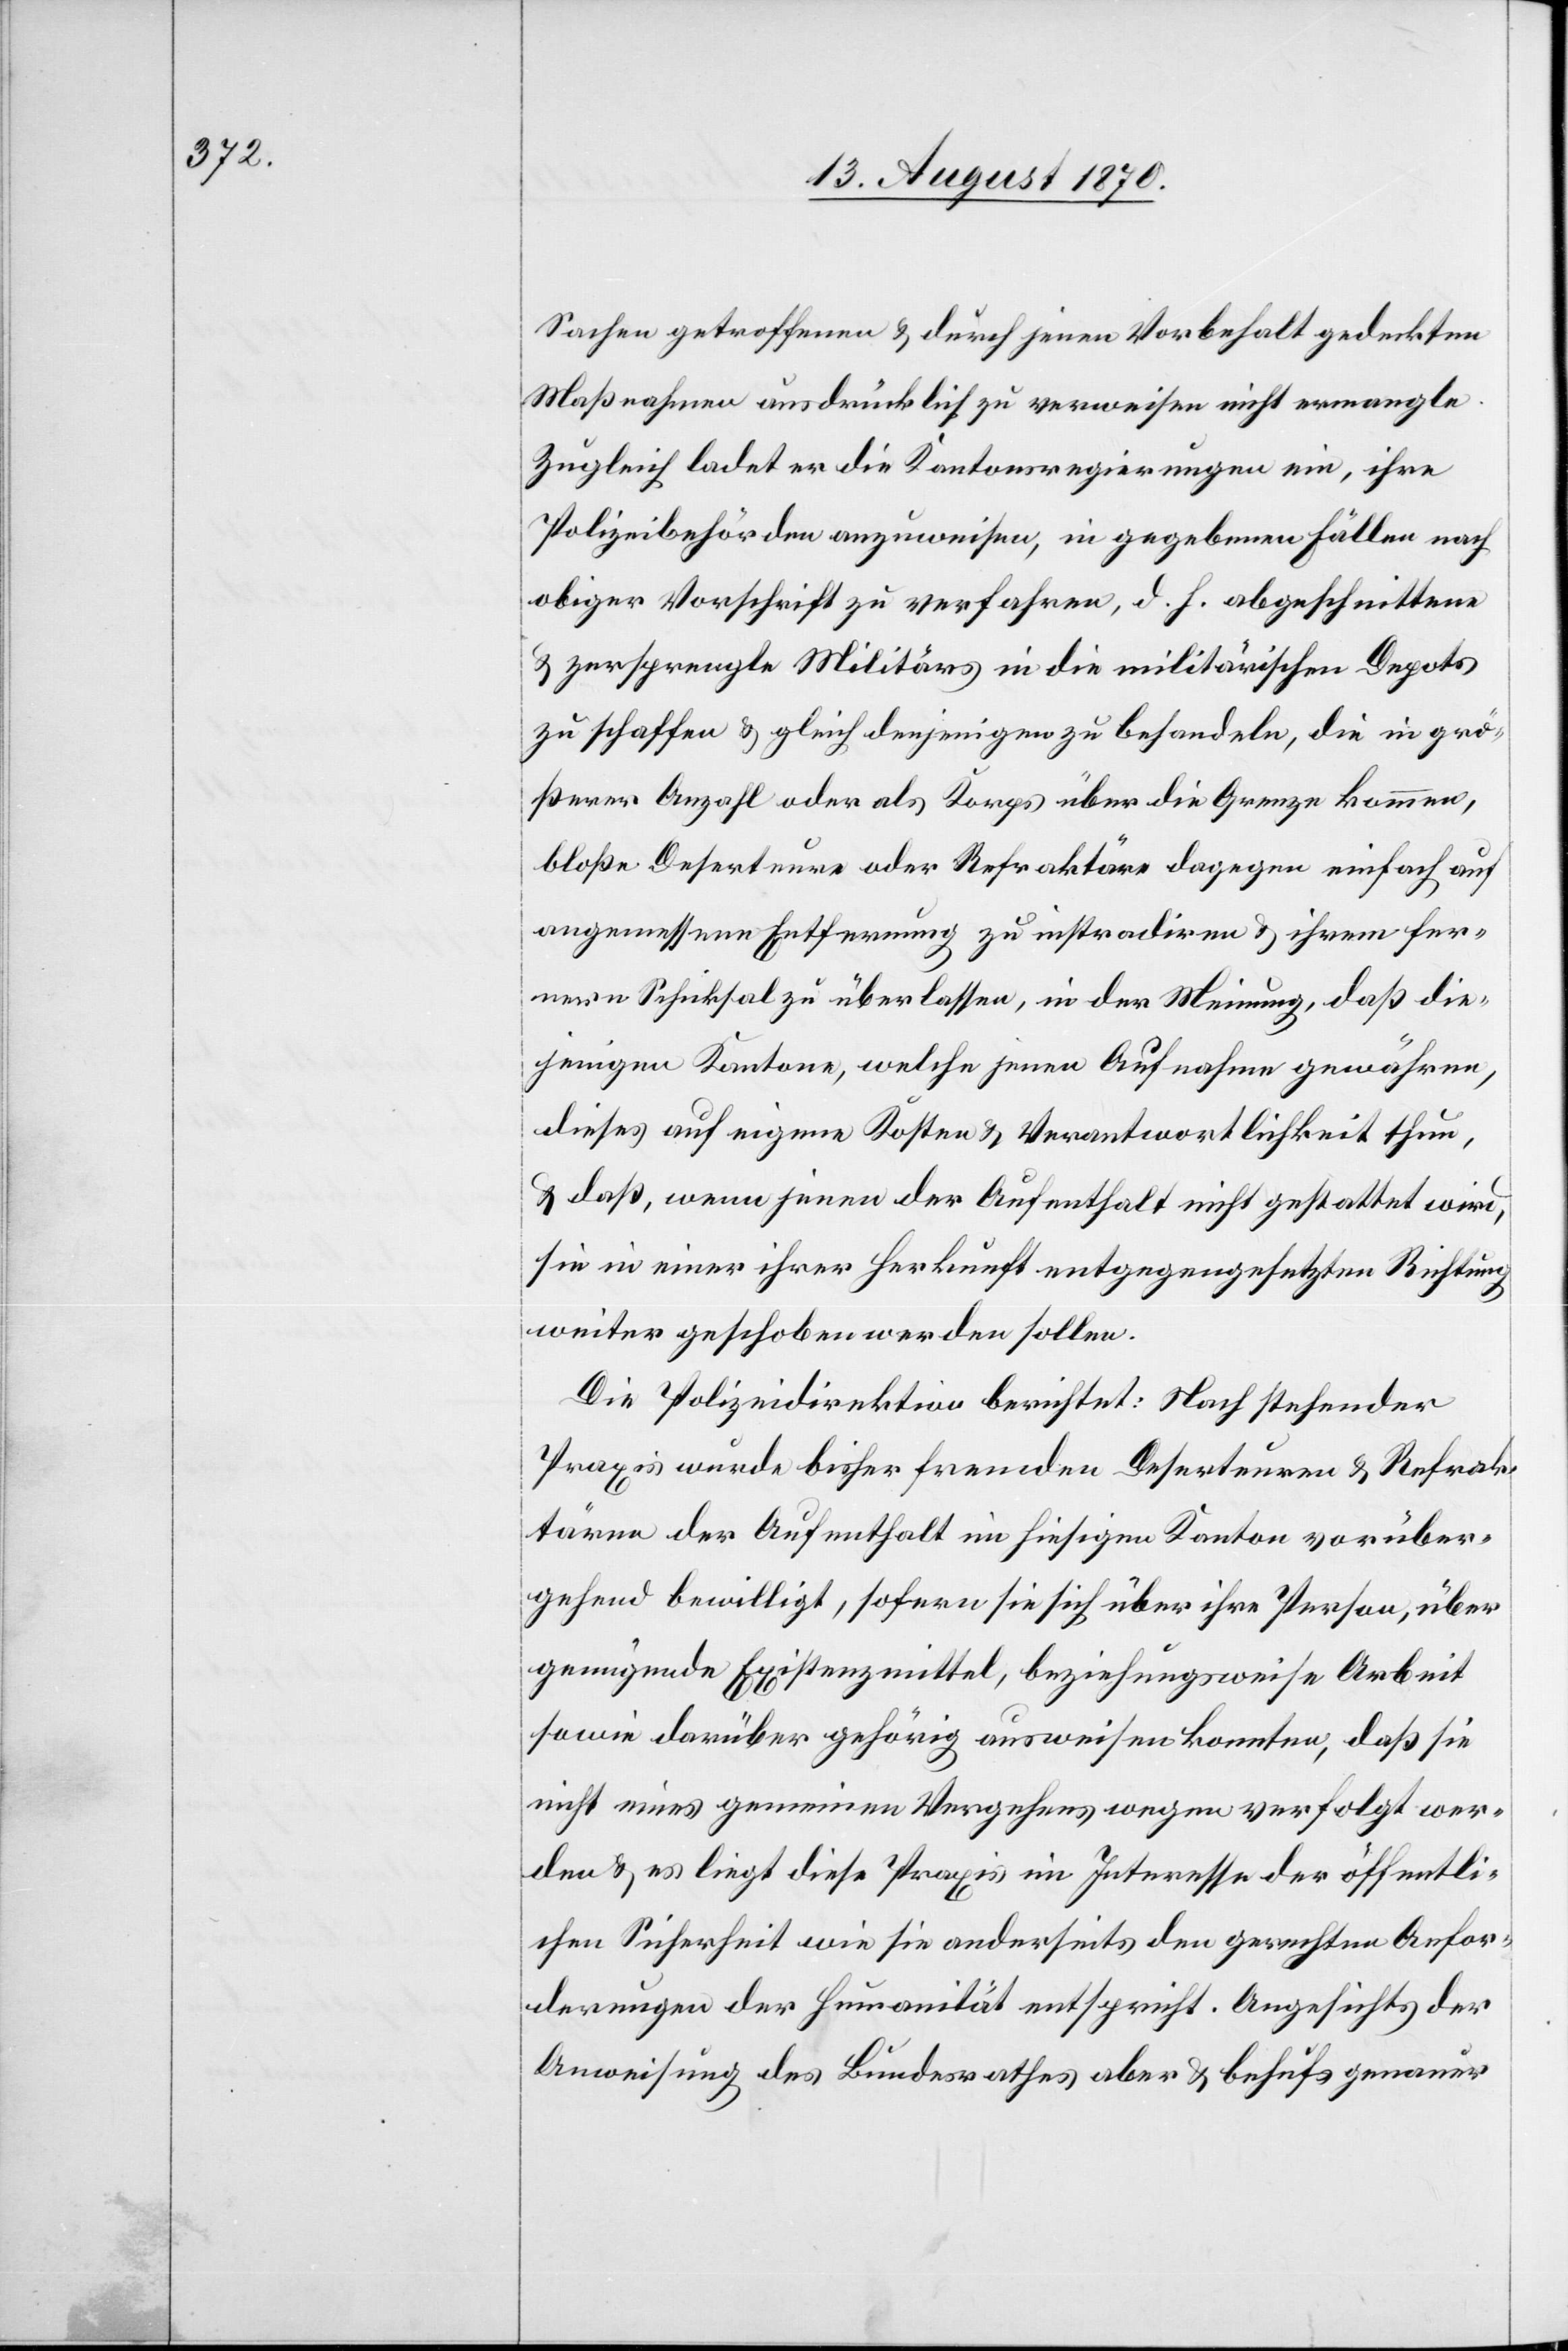
Sachen getroffenen & durch jenen Vorbehalt gedeckten
Maßnahmen ausdrücklich zu verweisen nicht ermangle.
Zugleich ladet er die Kantonsregierungen ein, ihre
Polizeibehörden anzuweisen, in gegebenen Fällen nach
obiger Vorschrift zu verfahren, d. h. abgeschnittene
& zersprengte Militärs in die militärischen Depots
zu schaffen & gleich denjenigen zu behandeln, die in grö¬
ßerer Anzahl oder als Korps über die Grenze kommen,
bloße Deserteure oder Refraktäre dagegen einfach auf
angemessene Entfernung zu instradiren & ihrem fer¬
nern Schicksal überlassen, in der Meinung, daß die¬
jenigen Kantone, welche jenen Aufnahme gewähren,
dieses auf eigene Kosten & Verantwortlichkeit thun,
& daß, wenn jenen der Aufenthalt nicht gestattet wird,
sie in einer ihrer Herkunft entgegengesetzten Richtung
weiter geschoben werden sollen.
Die Polizeidirektion berichtet: Nach stehender
Praxis wurde bisher fremden Deserteuren & Refrak¬
tären der Aufenthalt im hiesigen Kanton vorüber¬
gehend bewilligt, sofern sie sich über ihre Person, über
genügende Existenzmittel, beziehungsweise Arbeit
sowie darüber gehörig ausweisen konnten, daß sie
nicht eines gemeinen Vergehens wegen verfolgt wer¬
den & es liegt diese Praxis im Interesse der öffentli¬
chen Sicherheit wie sie anderseits den gerechten Anfor¬
derungen der Humanität entspricht. Angesichts der
Anweisung des Bundesrathes aber & behufs genauer